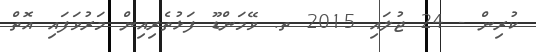
ކުރިން - 24 ޖުލައި 2015 ތ. ވޭމަންޑޫ ފަޅުތެރިއިން މަރުވަފައި އޮތް